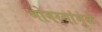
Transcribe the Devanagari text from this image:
भोवर्‍यांमुळे